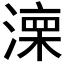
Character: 𣼆